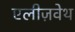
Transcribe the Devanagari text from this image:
एलीज़वेथ